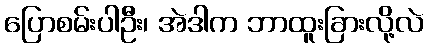
ပြောစမ်းပါဦး၊ အဲဒါက ဘာထူးခြားလို့လဲ